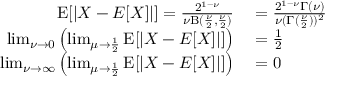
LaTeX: \begin{array} { r l } { \operatorname { E } [ | X - E [ X ] | ] = { \frac { 2 ^ { 1 - \nu } } { \nu \mathrm { B } ( { \frac { \nu } { 2 } } , { \frac { \nu } { 2 } } ) } } } & { { } = { \frac { 2 ^ { 1 - \nu } \Gamma ( \nu ) } { \nu ( \Gamma ( { \frac { \nu } { 2 } } ) ) ^ { 2 } } } } \\ { \operatorname* { l i m } _ { \nu \to 0 } \left( \operatorname* { l i m } _ { \mu \to { \frac { 1 } { 2 } } } \operatorname { E } [ | X - E [ X ] | ] \right) } & { { } = { \frac { 1 } { 2 } } } \\ { \operatorname* { l i m } _ { \nu \to \infty } \left( \operatorname* { l i m } _ { \mu \to { \frac { 1 } { 2 } } } \operatorname { E } [ | X - E [ X ] | ] \right) } & { { } = 0 } \end{array}